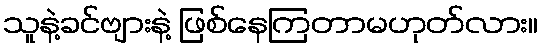
သူနဲ့ခင်ဗျားနဲ့ ဖြစ်နေကြတာမဟုတ်လား။